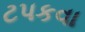
ટપકવા